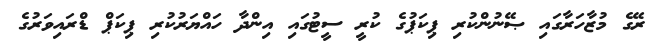
ރޭގެ މުޒާހަރާގައި ޞޭނުންކުރި ޕިކަޕުގެ ކުރީ ސީޓުގައި އިންދާ ހައްޔަރުކުރި ޕިކަޕް ޑްރައިވަރުގެ